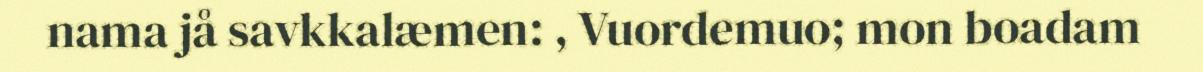
nama jå savkkalæmen: , Vuordemuo; mon boadam